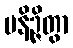
ပနိဉ္ဇိတွာ